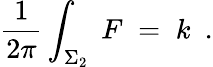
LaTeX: {\frac{1}{2\pi}}\int_{\Sigma_{2}}\; F\; =\; k\ \ .